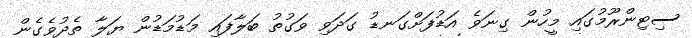
ސިޓިންރޫމުގައި މީހުން ގިނަވެ އަޑުފަށްގަނޑު ގަދަވި ވަގުތު ބަލާފައި މަޑުމަޑުން ޔަލާ ތެދުވެގެން